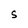
Character: s